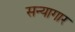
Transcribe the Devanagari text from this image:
सन्यागार